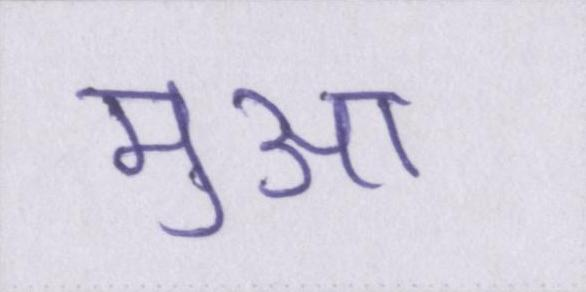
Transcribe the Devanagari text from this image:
मुआ